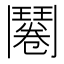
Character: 𮫔